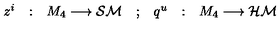
\begin{array} { c c c c c c c } { z ^ { i } } & { : } & { M _ { 4 } \longrightarrow { \cal S M } } & { ; } & { q ^ { u } } & { : } & { M _ { 4 } \longrightarrow { \cal H M } } \\ \end{array}